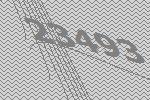
23493